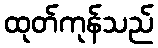
ထုတ်ကုန်သည်